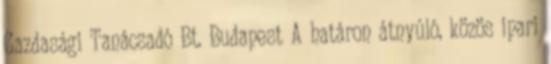
Gazdasági Tanácsadó Bt. Budapest A határon átnyúló, közös ipari